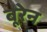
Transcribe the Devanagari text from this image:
बूरेन